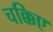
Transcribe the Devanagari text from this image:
चक्किए